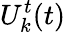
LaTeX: U_{k}^{t}(t)